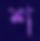
শ